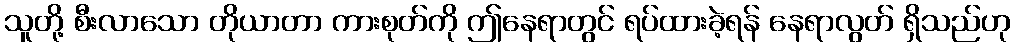
သူတို့ စီးလာသော တိုယာတာ ကားစုတ်ကို ဤနေရာတွင် ရပ်ထားခဲ့ရန် နေရာလွတ် ရှိသည်ဟု